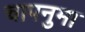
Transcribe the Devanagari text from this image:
चापनुमा